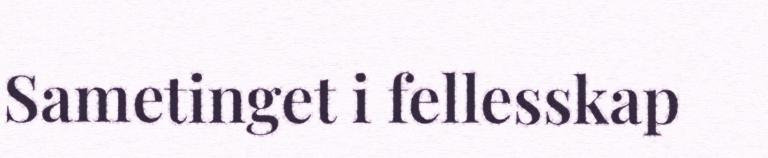
Sametinget i fellesskap